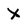
Character: X